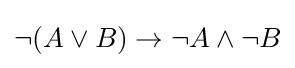
\neg (A\lor B)\to \neg A\land \neg B